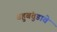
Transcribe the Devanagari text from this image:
बहुबंतुडावे